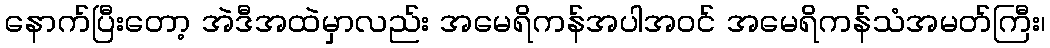
နောက်ပြီးတော့ အဲဒီအထဲမှာလည်း အမေရိကန်အပါအဝင် အမေရိကန်သံအမတ်ကြီး၊